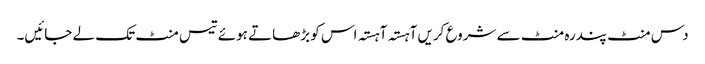
دس منٹ پندرہ منٹ سے شروع کریں آہستہ آہستہ اس کو بڑھاتے ہوئے تیس منٹ تک لے جائیں۔